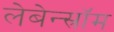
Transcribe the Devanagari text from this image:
लेबेन्स्रॉम